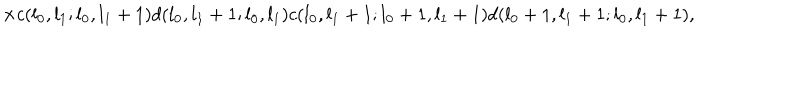
LaTeX: \times c ( l _ { 0 } , l _ { 1 } ; l _ { 0 } , l _ { 1 } + 1 ) d ( l _ { 0 } , l _ { 1 } + 1 ; l _ { 0 } , l _ { 1 } ) c ( l _ { 0 } , l _ { 1 } + 1 ; l _ { 0 } + 1 , l _ { 1 } + 1 ) d ( l _ { 0 } + 1 , l _ { 1 } + 1 ; l _ { 0 } , l _ { 1 } + 1 ) ,